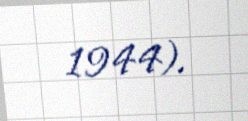
1944).